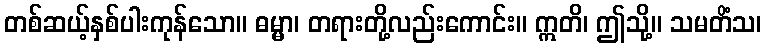
တစ်ဆယ့်နှစ်ပါးကုန်သော။ ဓမ္မာ၊ တရားတို့လည်းကောင်း။ ဣတိ၊ ဤသို့။ သမတိံသ၊